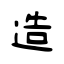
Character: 造